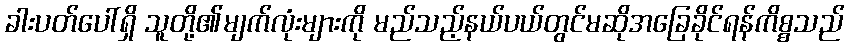
ခါးပတ်ပေါ်ရှိ သူတို့၏မျက်လုံးများကို မည်သည့်နယ်ပယ်တွင်မဆိုအခြေခိုင်ရန်ကိစ္စသည်